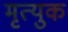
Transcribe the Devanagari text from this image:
मृत्युक